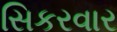
સિકરવાર